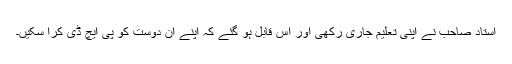
استاد صاحب نے اپنی تعلیم جاری رکھی اور اس قابل ہو گئے کہ اپنے ان دوست کو پی ایچ ڈی کرا سکیں۔